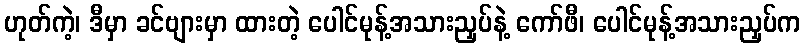
ဟုတ်ကဲ့၊ ဒီမှာ ခင်ဗျားမှာ ထားတဲ့ ပေါင်မုန့်အသားညှပ်နဲ့ ကော်ဖီ၊ ပေါင်မုန့်အသားညှပ်က